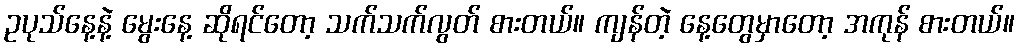
ဥပုသ်နေ့နဲ့ မွေးနေ့ ဆိုရင်တော့ သက်သက်လွတ် စားတယ်။ ကျန်တဲ့ နေ့တွေမှာတော့ အကုန် စားတယ်။